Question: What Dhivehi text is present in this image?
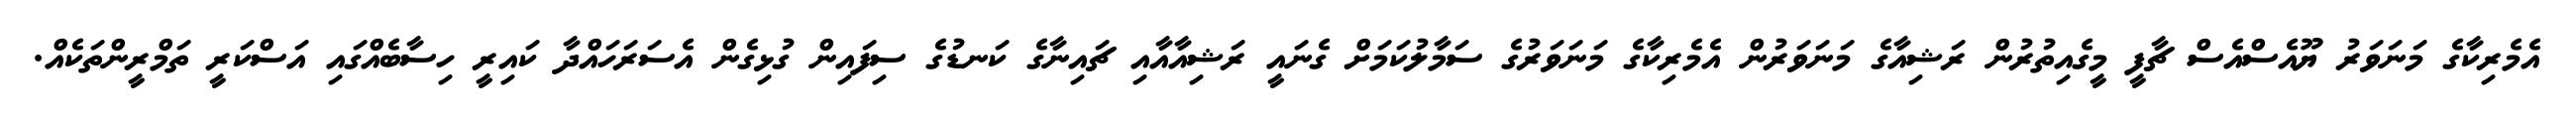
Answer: އެމެރިކާގެ މަނަވަރު ޔޫއެސްއެސް ޗާފީ މީގެއިތުރުން ރަޝިއާގެ މަނަވަރުން އެމެރިކާގެ މަނަވަރުގެ ސަމާލުކަމަށް ގެނައީ ރަޝިއާއާއި ޗައިނާގެ ކަނޑުގެ ސިފައިން ގުޅިގެން އެސަރަހައްދާ ކައިރީ ހިސާބެއްގައި އަސްކަރީ ތަމްރީންތަކެއް.